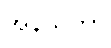
အနသိတာ